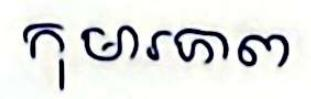
កុមារភាព